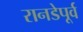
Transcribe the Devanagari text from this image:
रानडेपूर्व